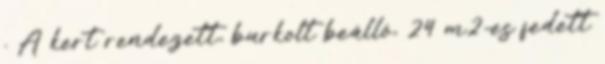
. A kert rendezett, burkolt beálló, 24 m2-es fedett